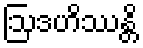
ဩဒဟိဿန္တိ